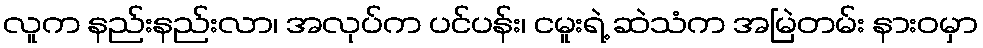
လူက နည်းနည်းလာ၊ အလုပ်က ပင်ပန်း၊ ငမူးရဲ့ ဆဲသံက အမြဲတမ်း နားဝမှာ